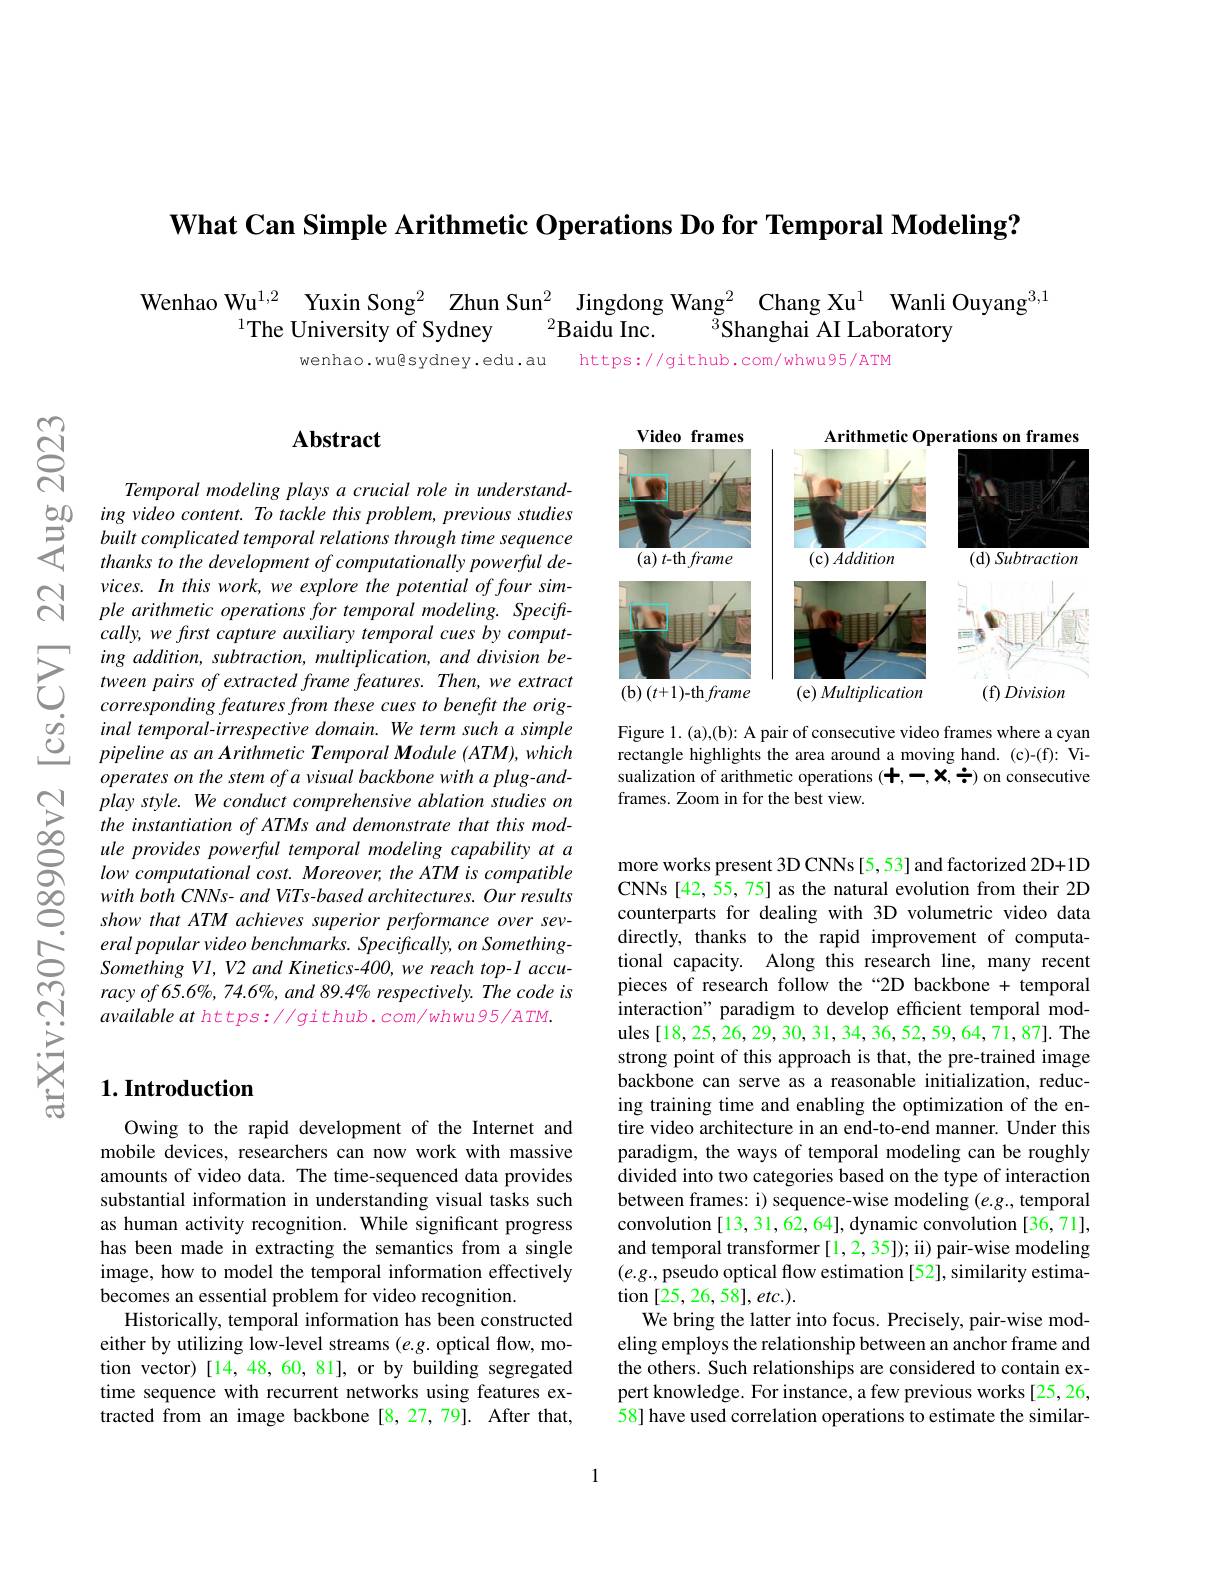
What Can Simple Arithmetic Operations Do for Temporal Modeling?

Wenhao Wu$^{1,2}$ Yuxin Song$^2$ Zhun Sun$^2$ Jingdong Wang$^2$ Chang Xu$^1$ Wanli Ouyang$^3,1$
$^{1}$The University of Sydney
$^{2}$Baidu Inc.
$^{3}$Shanghai AI Laboratory
wenhao.wu@sydney.edu.au https://github.com/whwu95/ATM

$స్రి$

$ଟ୍ରି$

## $\mathbf{Abstract}$

Temporal modeling plays a crucial role in understand-
$\begin{array}{lll}50&ing\:video\:content.\:To\:tackle\:this\:problem,\:previous\:studies\\5&built\:complicated\:temporal\:relations\:through\:time\:sequence\\4&thanks\:to\:the\:development\:of\:computationally\:powerful\:de-\end{array}$
vices. In this work, we explore the potential of four simple arithmetic operations for temporal modeling. Speciftcally, we first capture auxiliary temporal cues by comput-
$\sum_{\begin{array}{cc}&ing&addition,&subtraction,&multiplication,&and&division&be-\\&&tween&pairs&of&extracted&frame&features.&Then,&we&extract\\&&corresponding&features&from&these&cues&to&benefit&the&orig-\end{array}}$ $\begin{array}{lll}{\textcircled{0}}&{\mathrm{inal~temporal-irrespective~domain.~We~term~such~a~simple}}\\{\textcircled{0}}&{\mathrm{inal~temporal-irrespective~domain.~We~term~such~a~simple}}\\{\textcircled{0}}&{\mathrm{pipeline~as~an~Arithmetic~Temporal~Module~(ATM),~which}}\end{array}$
operates on the stem of a visual backbone with a plug-andplay style. We conduct comprehensive ablation studies on the instantiation of ATMs and demonstrate that this module provides powerful temporal modeling capability at a low computational cost. Moreover, the ATM is compatible with both CNNs- and ViTs-based architectures. Our results show that ATM achieves superior performance over several popular video benchmarks. Specifically, on SomethingSomething Vl, V2 and Kinetics-400, we reach top-1 accu- $racyof65.6\%,74.6\%,and89.4\%$ respectively. The code is availableat https://github.com/whwu95/ATM.

## $1. \textbf{Introduction}$

Owing to the rapid development of the Internet and mobile devices, researchers can now work with massive amounts of video data. The time-sequenced data provides substantial information in understanding visual tasks such as human activity recognition. While significant progress has been made in extracting the semantics from a single image, how to model the temporal information effectively becomes an essential problem for video recognition.
Historically, temporal information has been constructed either by utilizing low-level streams $(e.g.$ optical flow, motion vector) [14, 48, 60, 81], or by building segregated time sequence with recurrent networks using features extracted from an image backbone [8,27,79]. After that,

<FigureHere>

Figure 1. (a),(b): A pair of consecutive video frames where a cyan rectangle highlights the area around a moving hand. (c)-(f): Visualization of arithmetic operations (+,-,x,÷) on consecutive frames. Zoom in for the best view.

more works present 3D CNNs [5,53] and factorized 2D+1D CNNs[42,55,75] as the natural evolution from their 2D counterparts for dealing with 3D volumetric video data directly, thanks to the rapid improvement of computational capacity. Along this research line, many recent pieces of research follow the “2D backbone + temporal interaction" paradigm to develop efficient temporal modules [18,25,26,29,30,31,34,36,52,59,64,71,87]. The strong point of this approach is that, the pre-trained image backbone can serve as a reasonable initialization, reducing training time and enabling the optimization of the entire video architecture in an end-to-end manner. Under this paradigm, the ways of temporal modeling can be roughly divided into two categories based on the type of interaction between frames: i) sequence-wise modeling $(e.g.$,temporal convolution [13, 31, 62, 64], dynamic convolution [36, 71], and temporal transformer [1,2,35]); ii) pair-wise modeling $(e.g.$,pseudo optical flow estimation [52], similarity estimation $[25,26,58],etc.).$
We bring the latter into focus. Precisely, pair-wise modeling employs the relationship between an anchor frame and the others. Such relationships are considered to contain expert knowledge. For instance, a few previous works [25, 26, 58] have used correlation operations to estimate the similar-

1